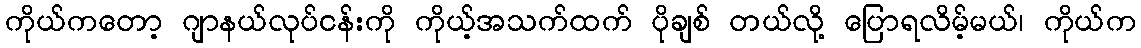
ကိုယ်ကတော့ ဂျာနယ်လုပ်ငန်းကို ကိုယ့်အသက်ထက် ပိုချစ် တယ်လို့ ပြောရလိမ့်မယ်၊ ကိုယ်က